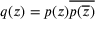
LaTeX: q ( z ) = p ( z ) { \overline { { p ( { \overline { { z } } } ) } } }